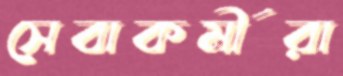
সেবাকর্মীরা